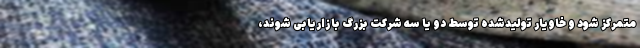
متمرکز شود و خاویار تولیدشده توسط دو یا سه شرکت بزرگ بازاریابی شوند،